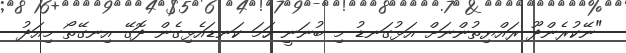
"ނޭކުރެންދޫ ރައްޔިތުންނަށް އަޅުގަނޑު މި ބުނަނީ ހަމަ ކަނޑައެޅިގެން ދޮގޭ އިނގޭތޯ މިއަދު